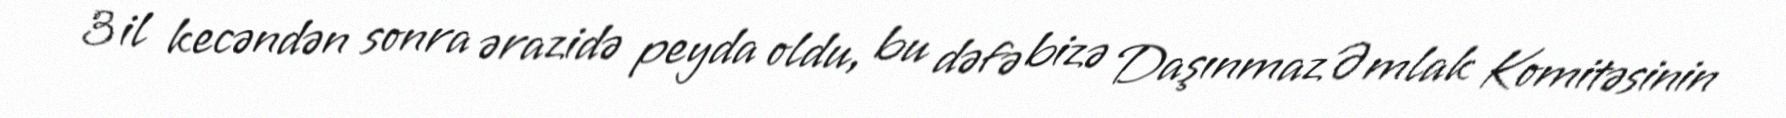
3 il kecəndən sonra ərazidə peyda oldu, bu dəfə bizə Daşınmaz Əmlak Komitəsinin